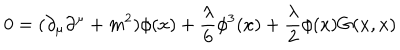
0 = ( \partial _ { \mu } \partial ^ { \mu } + m ^ { 2 } ) { \phi ( x ) } + { \frac { \lambda } { 6 } } \phi ^ { 3 } ( x ) + { \frac { \lambda } { 2 } } \phi ( x ) G ( x , x )